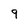
Character: 9